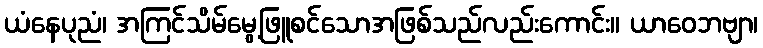
ယံနေပုညံ၊ အကြင်သိမ်မွေ့ဖြူစင်သောအဖြစ်သည်လည်းကောင်း။ ယာဝေဘဗျာ၊